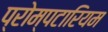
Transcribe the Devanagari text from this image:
प्रोम्पटारियम